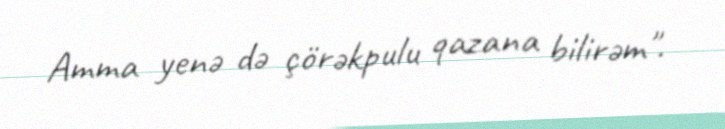
Amma yenə də çörəkpulu qazana bilirəm".